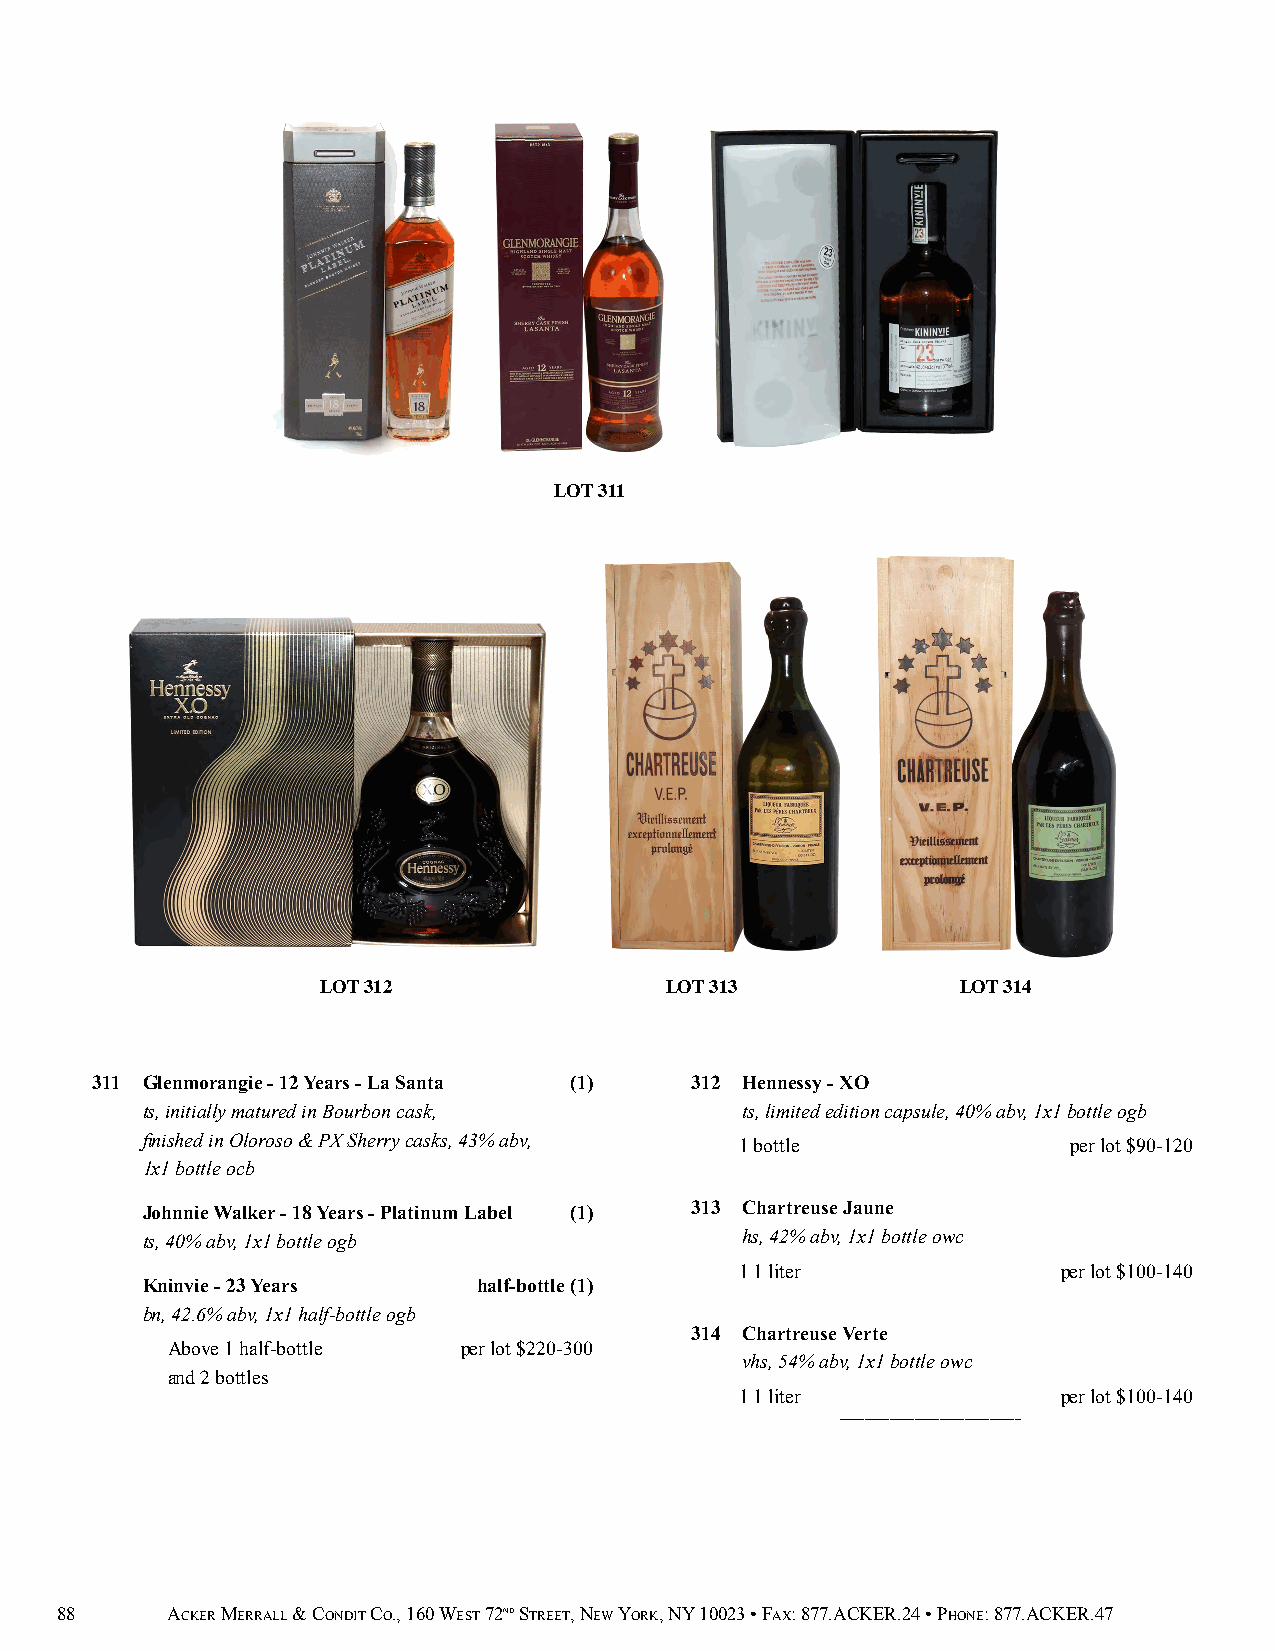
LOT 311
 LOT 312                LOT 313             LOT 314
 311 Glenmorangie - 12 Years - La Santa (1) 312 Hennessy - XO
 ts, initially matured in Bourbon cask,  ts, limited edition capsule, 40% abv, 1x1 bottle ogb
 finished in Oloroso & PX Sherry casks, 43% abv, 1 bottle      per lot $90-120
 1x1 bottle ocb
 Johnnie Walker - 18 Years - Platinum Label (1) 313 Chartreuse Jaune
 ts, 40% abv, 1x1 bottle ogb             hs, 42% abv, 1x1 bottle owc
 1 1 liter            per lot $100-140
 Kninvie - 23 Years     half-bottle (1)
 bn, 42.6% abv, 1x1 half-bottle ogb
 314 Chartreuse Verte
 Above 1 half-bottle per lot $220-300
 vhs, 54% abv, 1x1 bottle owc
 and 2 bottles
 1 1 liter            per lot $100-140
 _____________________________
 88     ACKER MERRALL & CONDIT CO., 160 WEST 72ND STREET, NEW YORK, NY 10023 • FAX: 877.ACKER.24 • PHONE: 877.ACKER.47